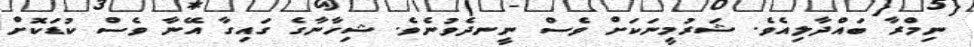
ނިމްރާ ބައްދާލިއެވެ. ޝަރުމީނަކަށް ވެސް ނީނދެވުނެވެ. ޝިހާނާގެ ގައިގާ އޭނާ ވެސް ކުޑަކޮށް